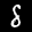
Label: 8